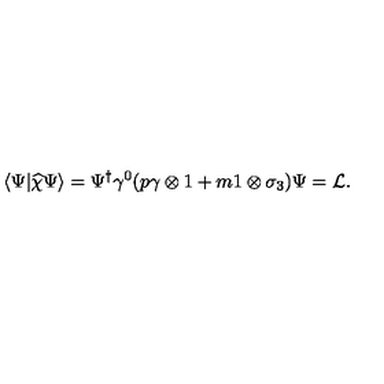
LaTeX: \langle \Psi \vert \widehat { \chi } \Psi \rangle = \Psi ^ { \dagger } \gamma ^ { 0 } ( p \gamma \otimes 1 + m 1 \otimes \sigma _ { 3 } ) \Psi = { \cal L } .